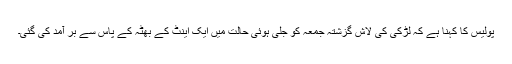
پولیس کا کہنا ہے کہ لڑکی کی لاش گزشتہ جمعہ کو جلی ہوئی حالت میں ایک اینٹ کے بھٹہ کے پاس سے بر آمد کی گئی۔